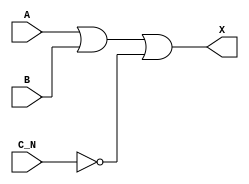
`timescale 1ps/1ps
module cell_or3b
(
    input wire A,
    input wire B,
    input wire C_N,
    output wire X
);
    assign X = A | B | !C_N;
endmodule